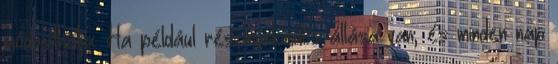
módosíthatja. Ha például részmunkaidős állása van, és minden nap